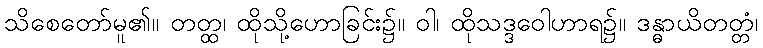
သိစေတော်မူ၏။ တတ္ထ၊ ထိုသို့ဟောခြင်း၌။ ဝါ၊ ထိုသဒ္ဒဝေါဟာရ၌။ ဒန္ဓာယိတတ္တံ၊